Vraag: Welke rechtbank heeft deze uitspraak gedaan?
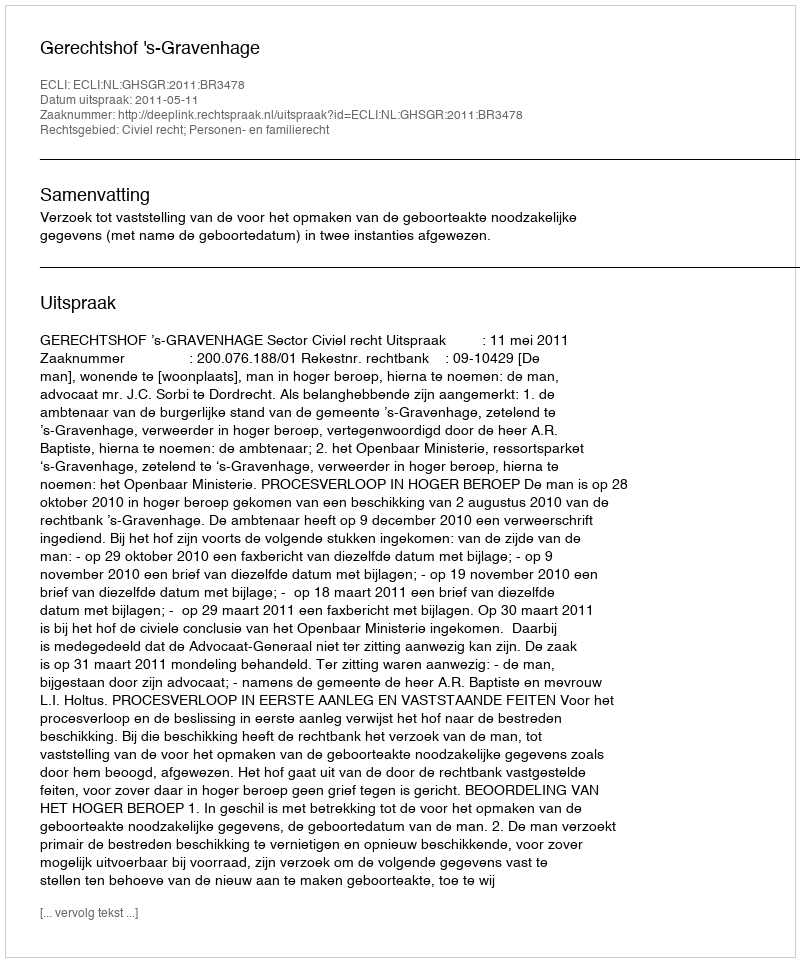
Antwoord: Gerechtshof 's-Gravenhage